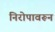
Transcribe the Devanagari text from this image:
निरोपावरून